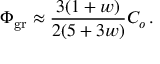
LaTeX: \Phi _ { \mathrm { g r } } \approx { \frac { 3 ( 1 + w ) } { 2 ( 5 + 3 w ) } } C _ { o } \, .